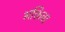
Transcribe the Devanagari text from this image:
भक्तिचा